Lunatic asylums Punjab 1868-1880 - 1868-1880
Year: 1868
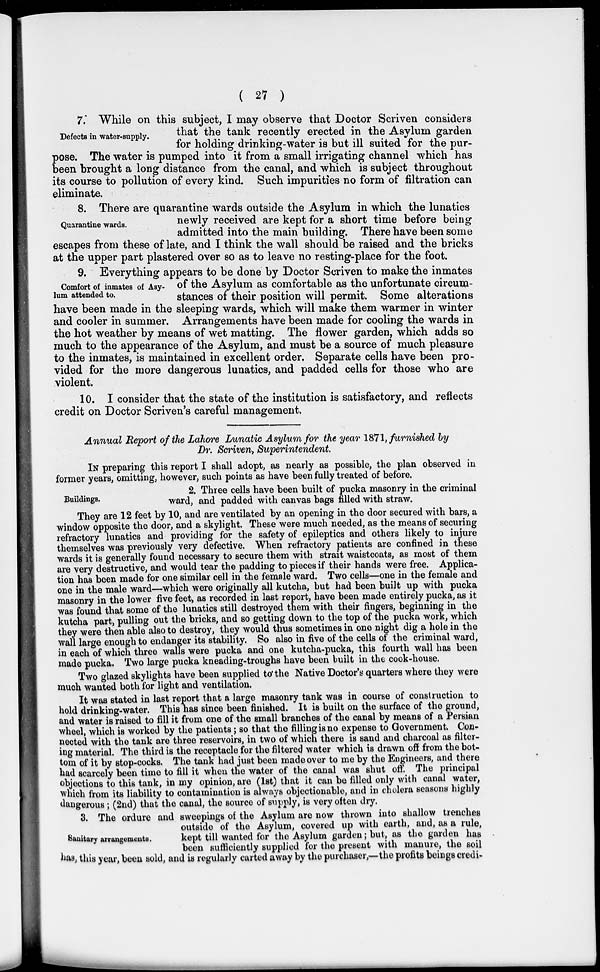
( 27 )
Defects in water-supply.
7. While on this subject, I may observe that Doctor Scriven considers
that the tank recently erected in the Asylum garden
for holding drinking-water is but ill suited for the pur-
pose. The water is pumped into it from a small irrigating channel which has
been brought a long distance from the canal, and which is subject throughout
its course to pollution of every kind. Such impurities no form of filtration can
eliminate.
Quarantine wards.
8. There are quarantine wards outside the Asylum in which the lunatics
newly received are kept for a short time before being
admitted into the main building. There have been some
escapes from these of late, and I think the wall should be raised and the bricks
at the upper part plastered over so as to leave no resting-place for the foot.
Comfort of inmates of Asy-
lum attended to.
9. Everything appears to be done by Doctor Scriven to make the inmates
of the Asylum as comfortable as the unfortunate circum-
stances of their position will permit. Some alterations
have been made in the sleeping wards, which will make them warmer in winter
and cooler in summer. Arrangements have been made for cooling the wards in
the hot weather by means of wet matting. The flower garden, which adds so
much to the appearance of the Asylum, and must be a source of much pleasure
to the inmates, is maintained in excellent order. Separate cells have been pro-
vided for the more dangerous lunatics, and padded cells for those who are
violent.
10. I consider that the state of the institution is satisfactory, and reflects
credit on Doctor Scriven's careful management.
Annual Report of the Lahore Lunatic Asylum for the year 1871, furnished by
Dr. Scriven , Superintendent
IN preparing this report I shall adopt, as nearly as possible, the plan observed in
former years, omitting, however, such points as have been fully treated of before.
Buildings.
2. Three cells have been built of pucka masonry in the criminal
ward, and padded with canvas bags filled with straw.
They are 12 feet by 10, and are ventilated by an opening in the door secured with bars, a
window opposite the door, and a skylight. These were much needed, as the means of securing
refractory lunatics and providing for the safety of epileptics and others likely to injure
themselves was previously very defective. When refractory patients are confined in these
wards it is generally found necessary to secure them with strait waistcoats, as most of them
are very destructive, and would tear the padding to pieces if their hands were free. Applica-
tion has been made for one similar cell in the female ward. Two cells—one in the female and
one in the male ward—which were originally all kutcha , but had been built up with pucka
masonry in the lower five feet, as recorded in last report, have been made entirely pucka, as it
was found that some of the lunatics still destroyed them with their fingers, beginning in the
kutcha part, pulling out the bricks, and so getting down to the top of the pucka work, which
they were then able also to destroy, they would thus sometimes in one night dig a hole in the
wall large enough to endanger its stability. So also in five of the cells of the criminal ward,
in each of which three walls were pucka and one kutcha-pucka , this fourth wall has been
made pucka. Two large pucka kneading-troughs have been built in the cook-house.
Two glazed skylights have been supplied to the Native Doctor's quarters where they were
much wanted both for light and ventilation.
It was stated in last report that a large masonry tank was in course of construction to
hold drinking-water. This has since been finished. It is built on the surface of the ground,
and water is raised to fill it from one of the small branches of the canal by means of a Persian
wheel, which is worked by the patients ; so that the filling is no expense to Government. Con-
nected with the tank are three reservoirs, in two of which there is sand and charcoal as filter-
ing material. The third is the receptacle for the filtered water which is drawn off from the bot-
tom of it by stop-cocks. The tank had just been made over to me by the Engineers, and there
had scarcely been time to fill it when the water of the canal was shut off . The principal
objections to this tank, in my opinion, are (1st) that it can be filled only with canal water,
which from its liability to contamination is always objectionable, and in cholera seasons highly
dangerous ; (2nd) that the canal, the source of supply, is very often dry.
Sanitary arrangements.
3. The ordure and sweepings of the Asylum are now thrown into shalow trenches
outside of the Asylum, covered up with earth, and, as a rule,
kept till wanted for the Asylum garden; but, as the garden has
been sufficiently supplied for the present with manure, the soil
has, this year, been sold, and is regularly carted away by the purchaser,—-the profits beings credi-